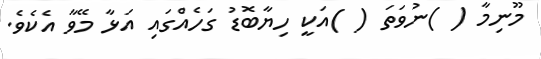
މޫނިމާ ( )ނުވަތަ ( )އަކީ ހިޔާބޮޑު ގަހެއްގައި އަޅާ މޭވާ އެކެވެ.